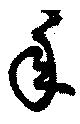
年